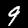
Label: 9